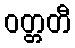
ဝတ္တတီ